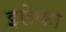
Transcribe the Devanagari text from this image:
इलेका